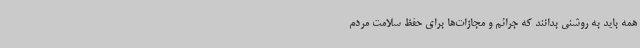
همه باید به روشنی بدانند که جرائم و مجازات‌ها برای حفظ سلامت مردم